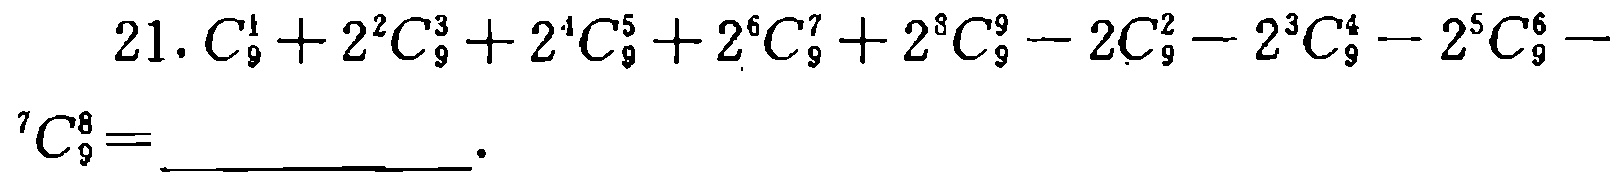
$21.C_{9}^{1}+2^{2}C_{9}^{3}+2^{4}C_{9}^{5}+2^{6}C_{9}^{7}+2^{8}C_{9}^{9}-2C_{9}^{2}-2^{3}C_{9}^{4}-2^{5}C_{9}^{6}-2^{7}C_{9}^{8}=$ ____________ 。